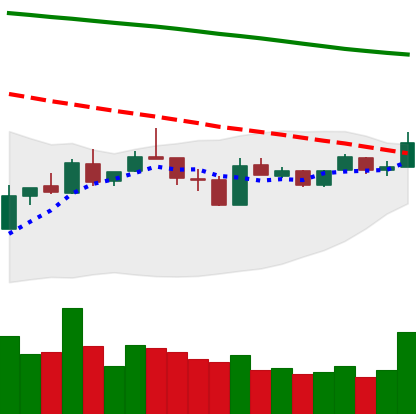
Ticker: LTC-USD
Chart end date: 2019-01-05
Forward return: -3.065%
Label: down_3_5